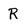
Character: R